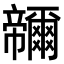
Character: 𭘽